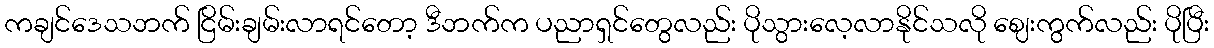
ကချင်ဒေသဘက် ငြိမ်းချမ်းလာရင်တော့ ဒီဘက်က ပညာရှင်တွေလည်း ပိုသွားလေ့လာနိုင်သလို ဈေးကွက်လည်း ပိုပြီး